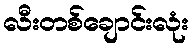
လီးတစ်ချောင်းလုံး